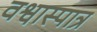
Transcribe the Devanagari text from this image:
वश्वास्पात्र